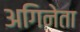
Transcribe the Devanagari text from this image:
अगिनेता